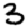
Digit: 3